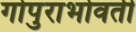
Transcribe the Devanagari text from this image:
गोपुराभोवती